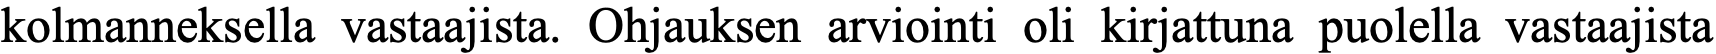
kolmanneksella vastaajista. Ohjauksen arviointi oli kirjattuna puolella vastaajista